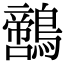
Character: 𪆡